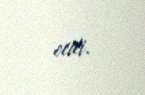
etdi.